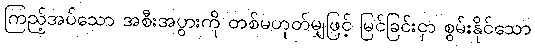
ကြည့်အပ်သော အစီးအပွားကို တစ်မဟုတ်မျှဖြင့် မြင်ခြင်းငှာ စွမ်းနိုင်သော